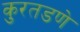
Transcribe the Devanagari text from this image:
कुरतडणे